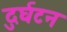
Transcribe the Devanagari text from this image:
दुर्घटन